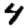
Digit: 4